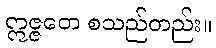
ဣဇ္ဇတေ စသည်တည်း။